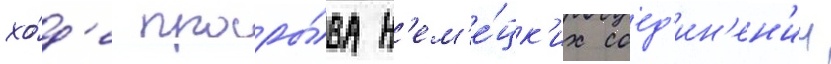
хо́д'е проры́ва н'ем'е́цк'их соед'ин'ен'ии